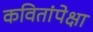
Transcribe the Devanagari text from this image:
कवितांपेक्षा